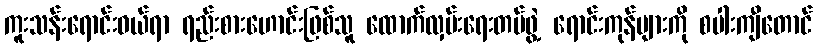
ကူးသန်းရောင်းဝယ်ရာ ရည်းစားဟောင်းဖြစ်သူ ထောက်လှမ်းရေးတပ်ဖွဲ့ ရောင်းကုန်များကို စပါးကျီတောင်